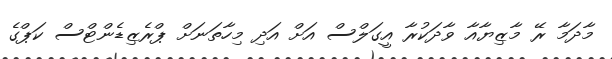
މާދަމާ ރޭ މާޒިޔާއާ ވާދަކުރާ އީގަލްސް އަށް އަދި މިހާތަނަށް ޕްރެޒިޑެންޓްސް ކަޕްގެ